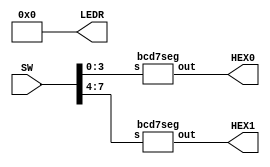
/*
Oscar Reyes-Sanchez
Lab 2 part 1
decoder for two displays
*/

module part1 (SW, LEDR, HEX0, HEX1);

	input  [9:0] SW;
	output [9:0] LEDR;
	output [6:0] HEX0;
	output [6:0] HEX1;
	
	assign LEDR = 10'b0;
	wire [6:0] H0, H1;
	
	bcd7seg disp1 (SW[7:4], H1);
	assign HEX1 = H1;
	
	bcd7seg disp0 (SW[3:0], H0);
	assign HEX0 = H0;
	
endmodule

module bcd7seg (s, out);

	input  [3:0] s;
	output [6:0] out;
	
	assign out[0] = (s[2] & ~s[1] & ~s[0]) | (~s[3] & ~s[2] & ~s[1] & s[0]);
	assign out[1] = (s[2] & ~s[1] &  s[0]) | ( s[2] &  s[1] &  ~s[0]);
	assign out[2] = ~s[3] & ~s[2] &  s[1]  &  ~s[0];
	assign out[3] = (s[2] &  s[1] &  s[0]) | (~s[3] &  s[2] &  ~s[1] & ~s[0]) | (~s[3] & ~s[2] & ~s[1] & s[0]);
	assign out[4] = s[0] | (s[2] & ~s[1] & ~s[0]);
	assign out[5] = (~s[3] & ~s[2] & s[0]) | (~s[3] & ~s[2] & s[1]) | (~s[3] & s[1] & s[0]);
	assign out[6] = (~s[3] & ~s[2] & ~s[1]) | (s[2] & s[1] & s[0]);

endmodule